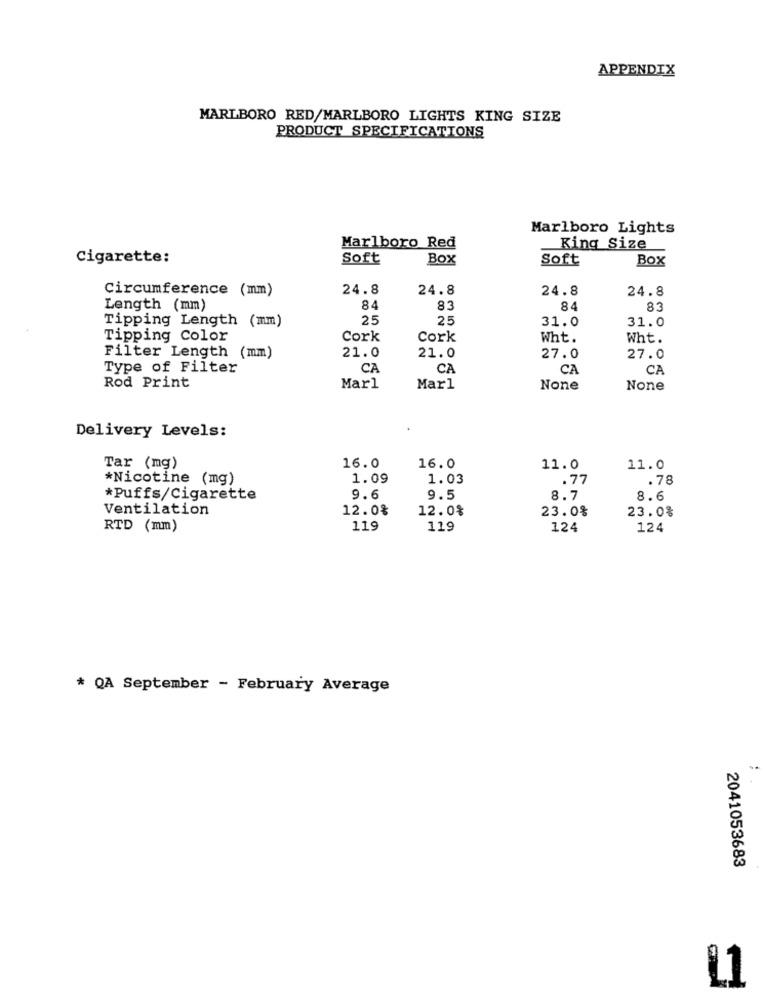
APPENDIX
MARLBORO RED/MARLBORO LIGHTS KING SIZE
PRODUCT SPECIFICATIONS
Marlboro Lights
Marlboro Red
King Size
Cigarette:
Soft
Box
Soft
Box
Circumference (mm)
24.8
24.8
24.8
24.8
Length (mm)
84
83
84
83
Tipping Length (mm)
25
25
31.0
31.0
Tipping Color
Cork
Cork
Wht.
Wht.
21.0
Filter Length (mm)
21.0
27.0
27.0
Type of Filter
CA
CA
CA
CA
Rod Print
Marl
Marl
Delivery Levels:
Tar (mg)
16.0
16.0
11.0
11.0
*Nicotine (mg)
1.09
1.03
.77
.78
*Puffs/Cigarette
9.6
9.5
8.7
8.6
Ventilation
12.0%
12.0%
23.0%
23.0%
RTD (mm)
119
119
124
124
* QA September - February Average
2041053683
L1